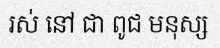
រស់ នៅ ជា ពូជ មនុស្ស